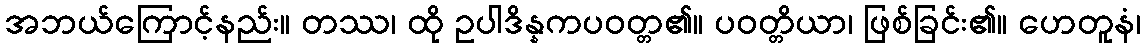
အဘယ်ကြောင့်နည်း။ တဿ၊ ထို ဥပါဒိန္နကပဝတ္တ၏။ ပဝတ္တိယာ၊ ဖြစ်ခြင်း၏။ ဟေတူနံ၊